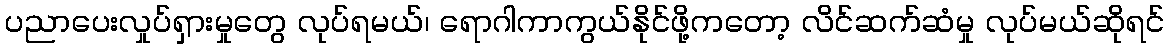
ပညာပေးလှုပ်ရှားမှုတွေ လုပ်ရမယ်၊ ရောဂါကာကွယ်နိုင်ဖို့ကတော့ လိင်ဆက်ဆံမှု လုပ်မယ်ဆိုရင်